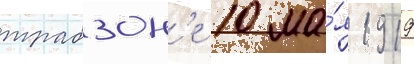
трабзон'е 10 ма́я 1919